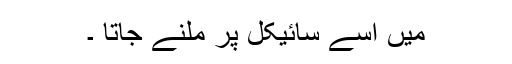
میں اسے سائیکل پر ملنے جاتا ۔